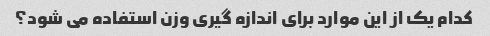
کدام یک از این موارد برای اندازه گیری وزن استفاده می شود؟